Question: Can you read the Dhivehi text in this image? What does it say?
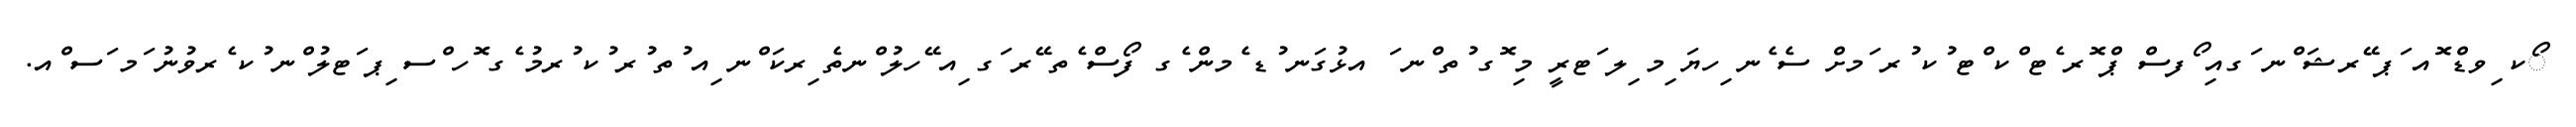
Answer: ޯކ ިވޑް ޮއ ަޕ ޭރޝަ ްނ ަގއި ޯފސް ޕް ޮރ ެޓ ްކ ްޓ ުކ ުރ ަމށް ސެ ެނ ިހޔަ ިމ ިލ ަޓރީ މި ޮގ ުތ ްނ ަ އޅުގަނ ުޑ ެމން ެގ ފޯސް ެތ ޭރ ަގ ިއ ޭހލު ްނތެ ިރކަ ްނ ިއ ުތ ުރ ުކ ުރމު ެގ ޮހ ްސ ިޕ ަޓލު ްނ ުކ ެރވުނު ަމ ަސ ްއ.